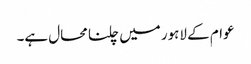
عوام کے لاہور میں چلنا محال ہے۔